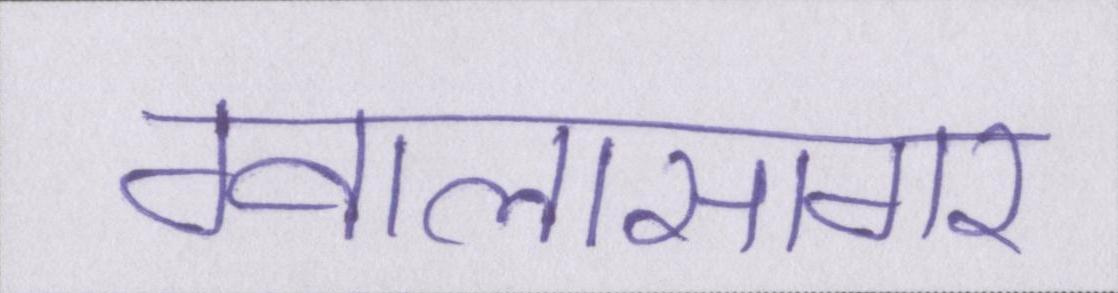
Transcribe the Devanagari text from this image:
ग्वालासागर